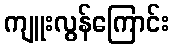
ကျူးလွန်ကြောင်း